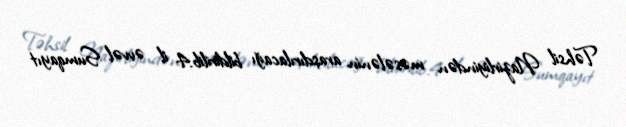
Təhsil Nazirliyindən məsələnin araşdırılacağı bildirilib.4 il əvvəl Sumqayıt